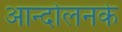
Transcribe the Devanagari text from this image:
आन्दोलनके